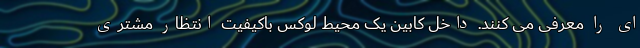
ای را معرفی می کنند. داخل کابین یک محیط لوکس باکیفیت انتظار مشتری